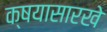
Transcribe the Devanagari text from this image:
क्षयासारखे